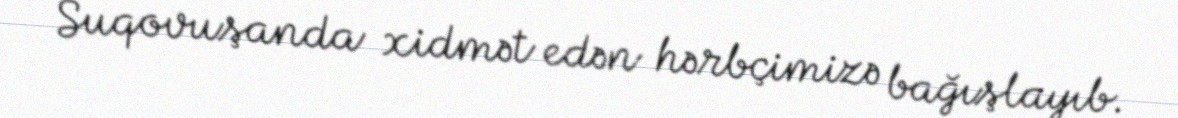
Suqovuşanda xidmət edən hərbçimizə bağışlayıb.